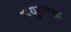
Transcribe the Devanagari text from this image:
मयुरपंख